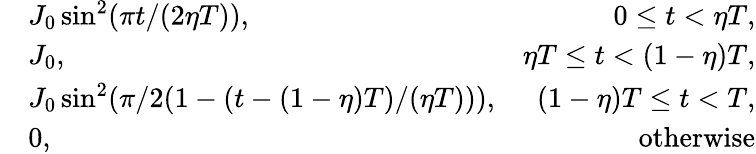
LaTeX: \begin{array}{rlr}&{J_{0}\sin^{2}(\pi t/(2\eta T)),}&{0\le t<\eta T,}\\ &{J_{0},}&{\eta T\le t<(1-\eta)T,}\\ &{J_{0}\sin^{2}(\pi/2(1-(t-(1-\eta)T)/(\eta T))),}&{(1-\eta)T\le t<T,}\\ &{0,}&{\mathrm{otherwise}}\end{array}